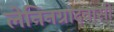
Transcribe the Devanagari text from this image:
लेनिनग्रादवासी